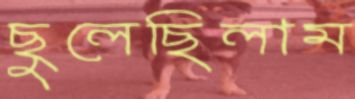
ছুলেছিলাম